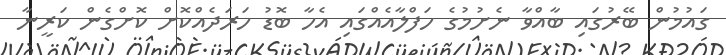
ގައުމުން ބޭރުގައި ބާއްވާ ނެށުމުގެ ހަފްލާއެއްގައި އެހާ ބޮޑު ހަރަދެއްކޮށް ކޮށްގެން ކަރީނާ